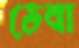
ডেবা